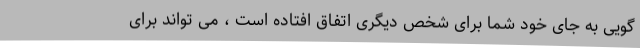
گویی به جای خود شما برای شخص دیگری اتفاق افتاده است ، می تواند برای